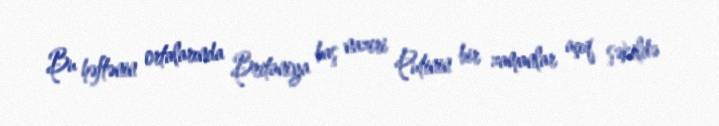
Bu həftənin ortalarında Britaniya baş naziri Putinin bir zamanlar açıq şəkildə